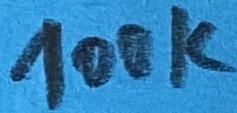
Text: 100K